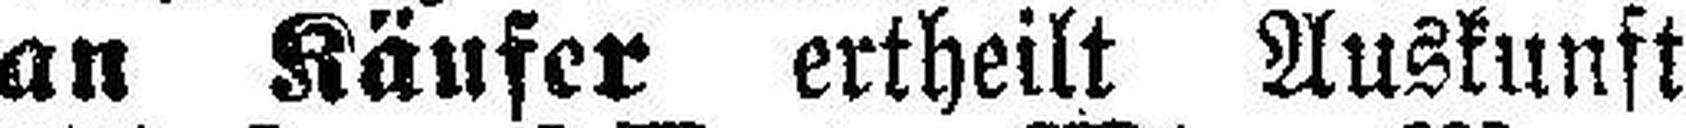
an Käufer ertheilt Auskunft